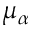
\mu _ { \alpha }